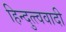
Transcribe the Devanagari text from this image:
हिन्दुत्त्ववादी